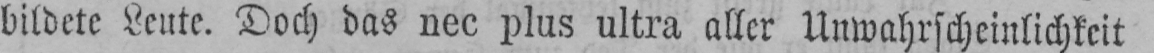
bildete Leute. Doch das nec plus ultra aller Unwahrscheinlichkeit